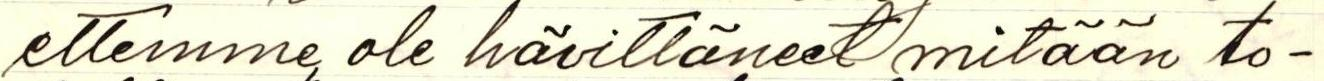
ettemme ole hävittäneet mitään  to-